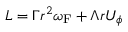
L = \Gamma r ^ { 2 } \omega _ { \mathrm { { F } } } + \Lambda r U _ { \phi }